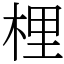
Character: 梩